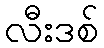
လီးဒစ်